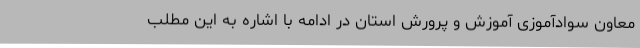
معاون سوادآموزی آموزش و پرورش استان در ادامه با اشاره به این مطلب